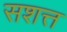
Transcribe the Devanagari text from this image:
सशत्त